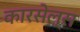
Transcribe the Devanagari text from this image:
कारसेल्स